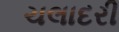
ચલાદરી